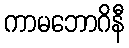
ကာမဘောဂိနီ